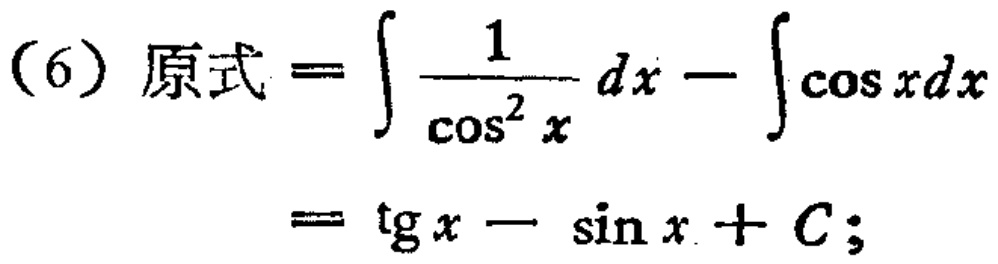
(6) 原式 \(=\int\frac{1}{\cos^{2}x}dx - \int\cos xdx\)
\(=\text{tg }x - \sin x + C;\)